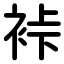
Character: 裃